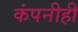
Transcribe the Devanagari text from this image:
कंपनीही